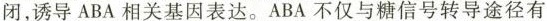
闭，诱导ABA相关基因表达。ABA不仅与糖信号转导途径有